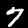
Digit: 7